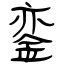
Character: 銮